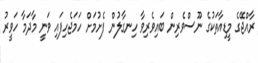
ރާއްޖޭގެ މީޑިއާތަކުގެ ނޫސްވެރިން ބައިވެރިވާ ހިނގާލުން ފެށުމަށް ހަމަޖެހިފައި ވަނީ މާދަމާ ހަވީރު